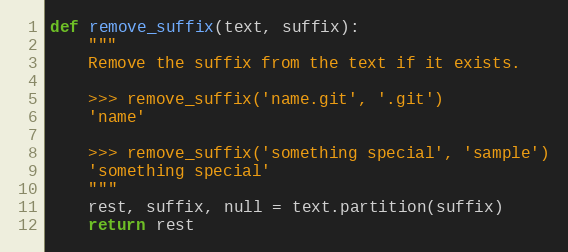
Language: Python
def remove_suffix(text, suffix):
	"""
	Remove the suffix from the text if it exists.

	>>> remove_suffix('name.git', '.git')
	'name'

	>>> remove_suffix('something special', 'sample')
	'something special'
	"""
	rest, suffix, null = text.partition(suffix)
	return rest